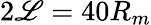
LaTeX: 2\mathscr{L}=40R_{m}